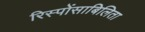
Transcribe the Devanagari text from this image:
रिस्पोंसाबिलिता